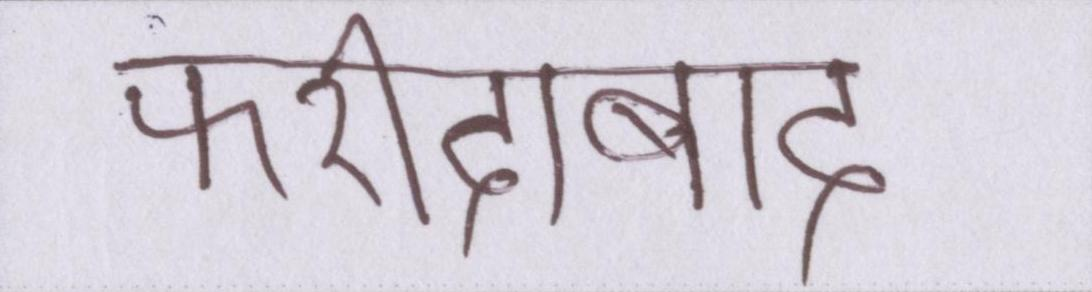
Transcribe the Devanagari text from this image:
फरीदाबाद